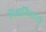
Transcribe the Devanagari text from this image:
विश्वामित्रांनी